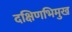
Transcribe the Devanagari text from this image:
दक्षिणभिमुख